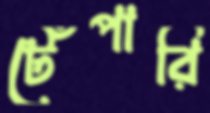
টেঁপারি